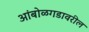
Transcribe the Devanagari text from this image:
आंबोळगडावरील